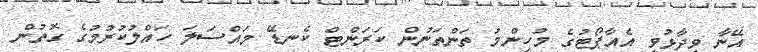
އޭނާ ވިދާޅުވީ އެއާޕޯޓުގެ މުހިންމު ތަންތަނުން ކަރަންޓް ކެނޑޭ މައްސަލަ ހައްލުކުރުމުގެ ގޮތުން